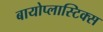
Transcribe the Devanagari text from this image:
बायोप्लास्टिक्स